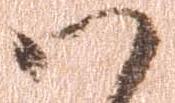
ハ